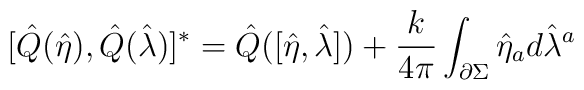
[\hat Q(\hat \eta), \hat Q(\hat \lambda)]^*= \hat Q([\hat\eta,\hat\lambda]) + {k  \over 4\pi } \int_{\partial \Sigma}\hat\eta_a d \hat\lambda^a